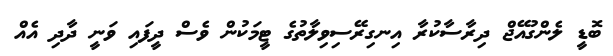
ބޮޑީ ލެންގުއޭޖް ދިރާސާކުރާ އިނގިރޭސިވިލާތުގެ ޓީމަކުން ވެސް ދީފައި ވަނީ ދާދި އެއް